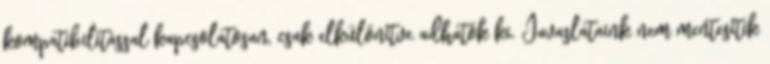
kompatibilitással kapcsolatosan, csak elkülönítve adhatók ki. Javaslataink nem mentesítik